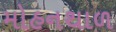
મોહનથાળ